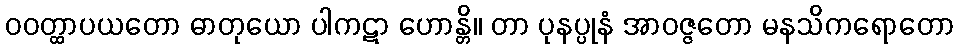
ဝဝတ္ထာပယတော ဓာတုယော ပါကဋာ ဟောန္တိ။ တာ ပုနပ္ပုနံ အာဝဇ္ဇတော မနသိကရောတော